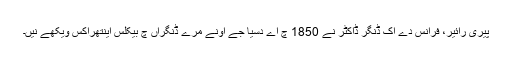
پیری رائیر، فرانس دے اک ڈنگر ڈاکٹر نے 1850 چ اے دسیا جے اونے مرے ڈنگراں چ بیکلس اینتھراکس ویکھے نیں۔